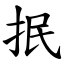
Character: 抿